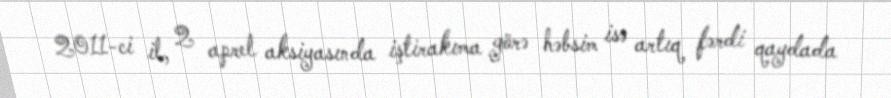
2011-ci il, 2 aprel aksiyasında iştirakıma görə həbsim isə artıq fərdi qaydada